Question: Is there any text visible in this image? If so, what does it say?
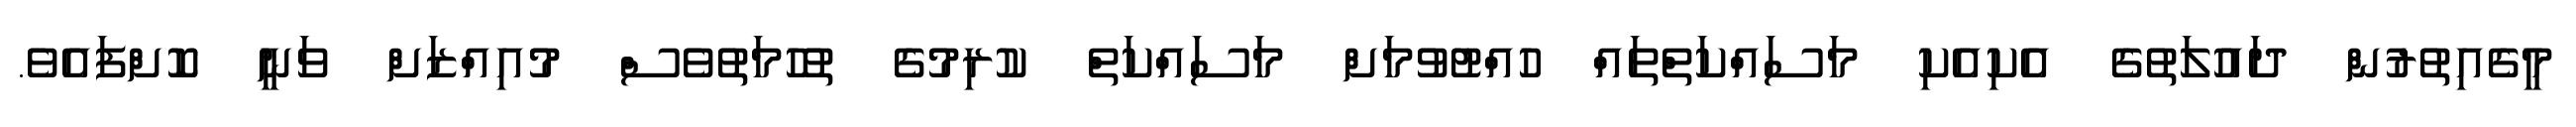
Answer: މީގެއިތުރުން ދައުލަތުގެ އެކިއެކި މަސައްކަތްތައް ހުއްޓުވުމަށް މަސައްކަތް ކުރިމުގެ ތުހުމަތުވެސް މުއިއްޒަށް ވަނީ ކޮށްފައެވެ.